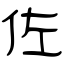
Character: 佐